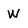
Character: W